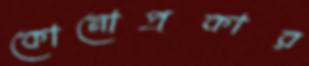
কোনোপ্রকার